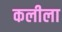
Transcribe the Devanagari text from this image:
कलीला